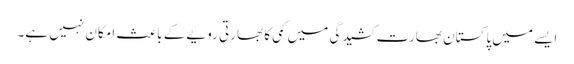
ایسے میں پاکستان بھارت کشیدگی میں کمی کا بھارتی رویے کے باعث امکان نہیں ہے۔